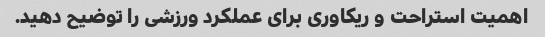
اهمیت استراحت و ریکاوری برای عملکرد ورزشی را توضیح دهید.